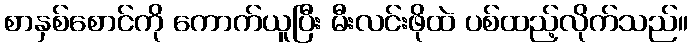
စာနှစ်စောင်ကို ကောက်ယူပြီး မီးလင်းဖိုထဲ ပစ်ထည့်လိုက်သည်။